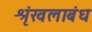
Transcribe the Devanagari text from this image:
श्रृंखलाबंध